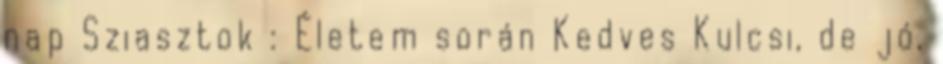
nap Sziasztok : Életem során Kedves Kulcsi, de jó,